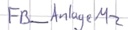
Text: FB_Anlage M2